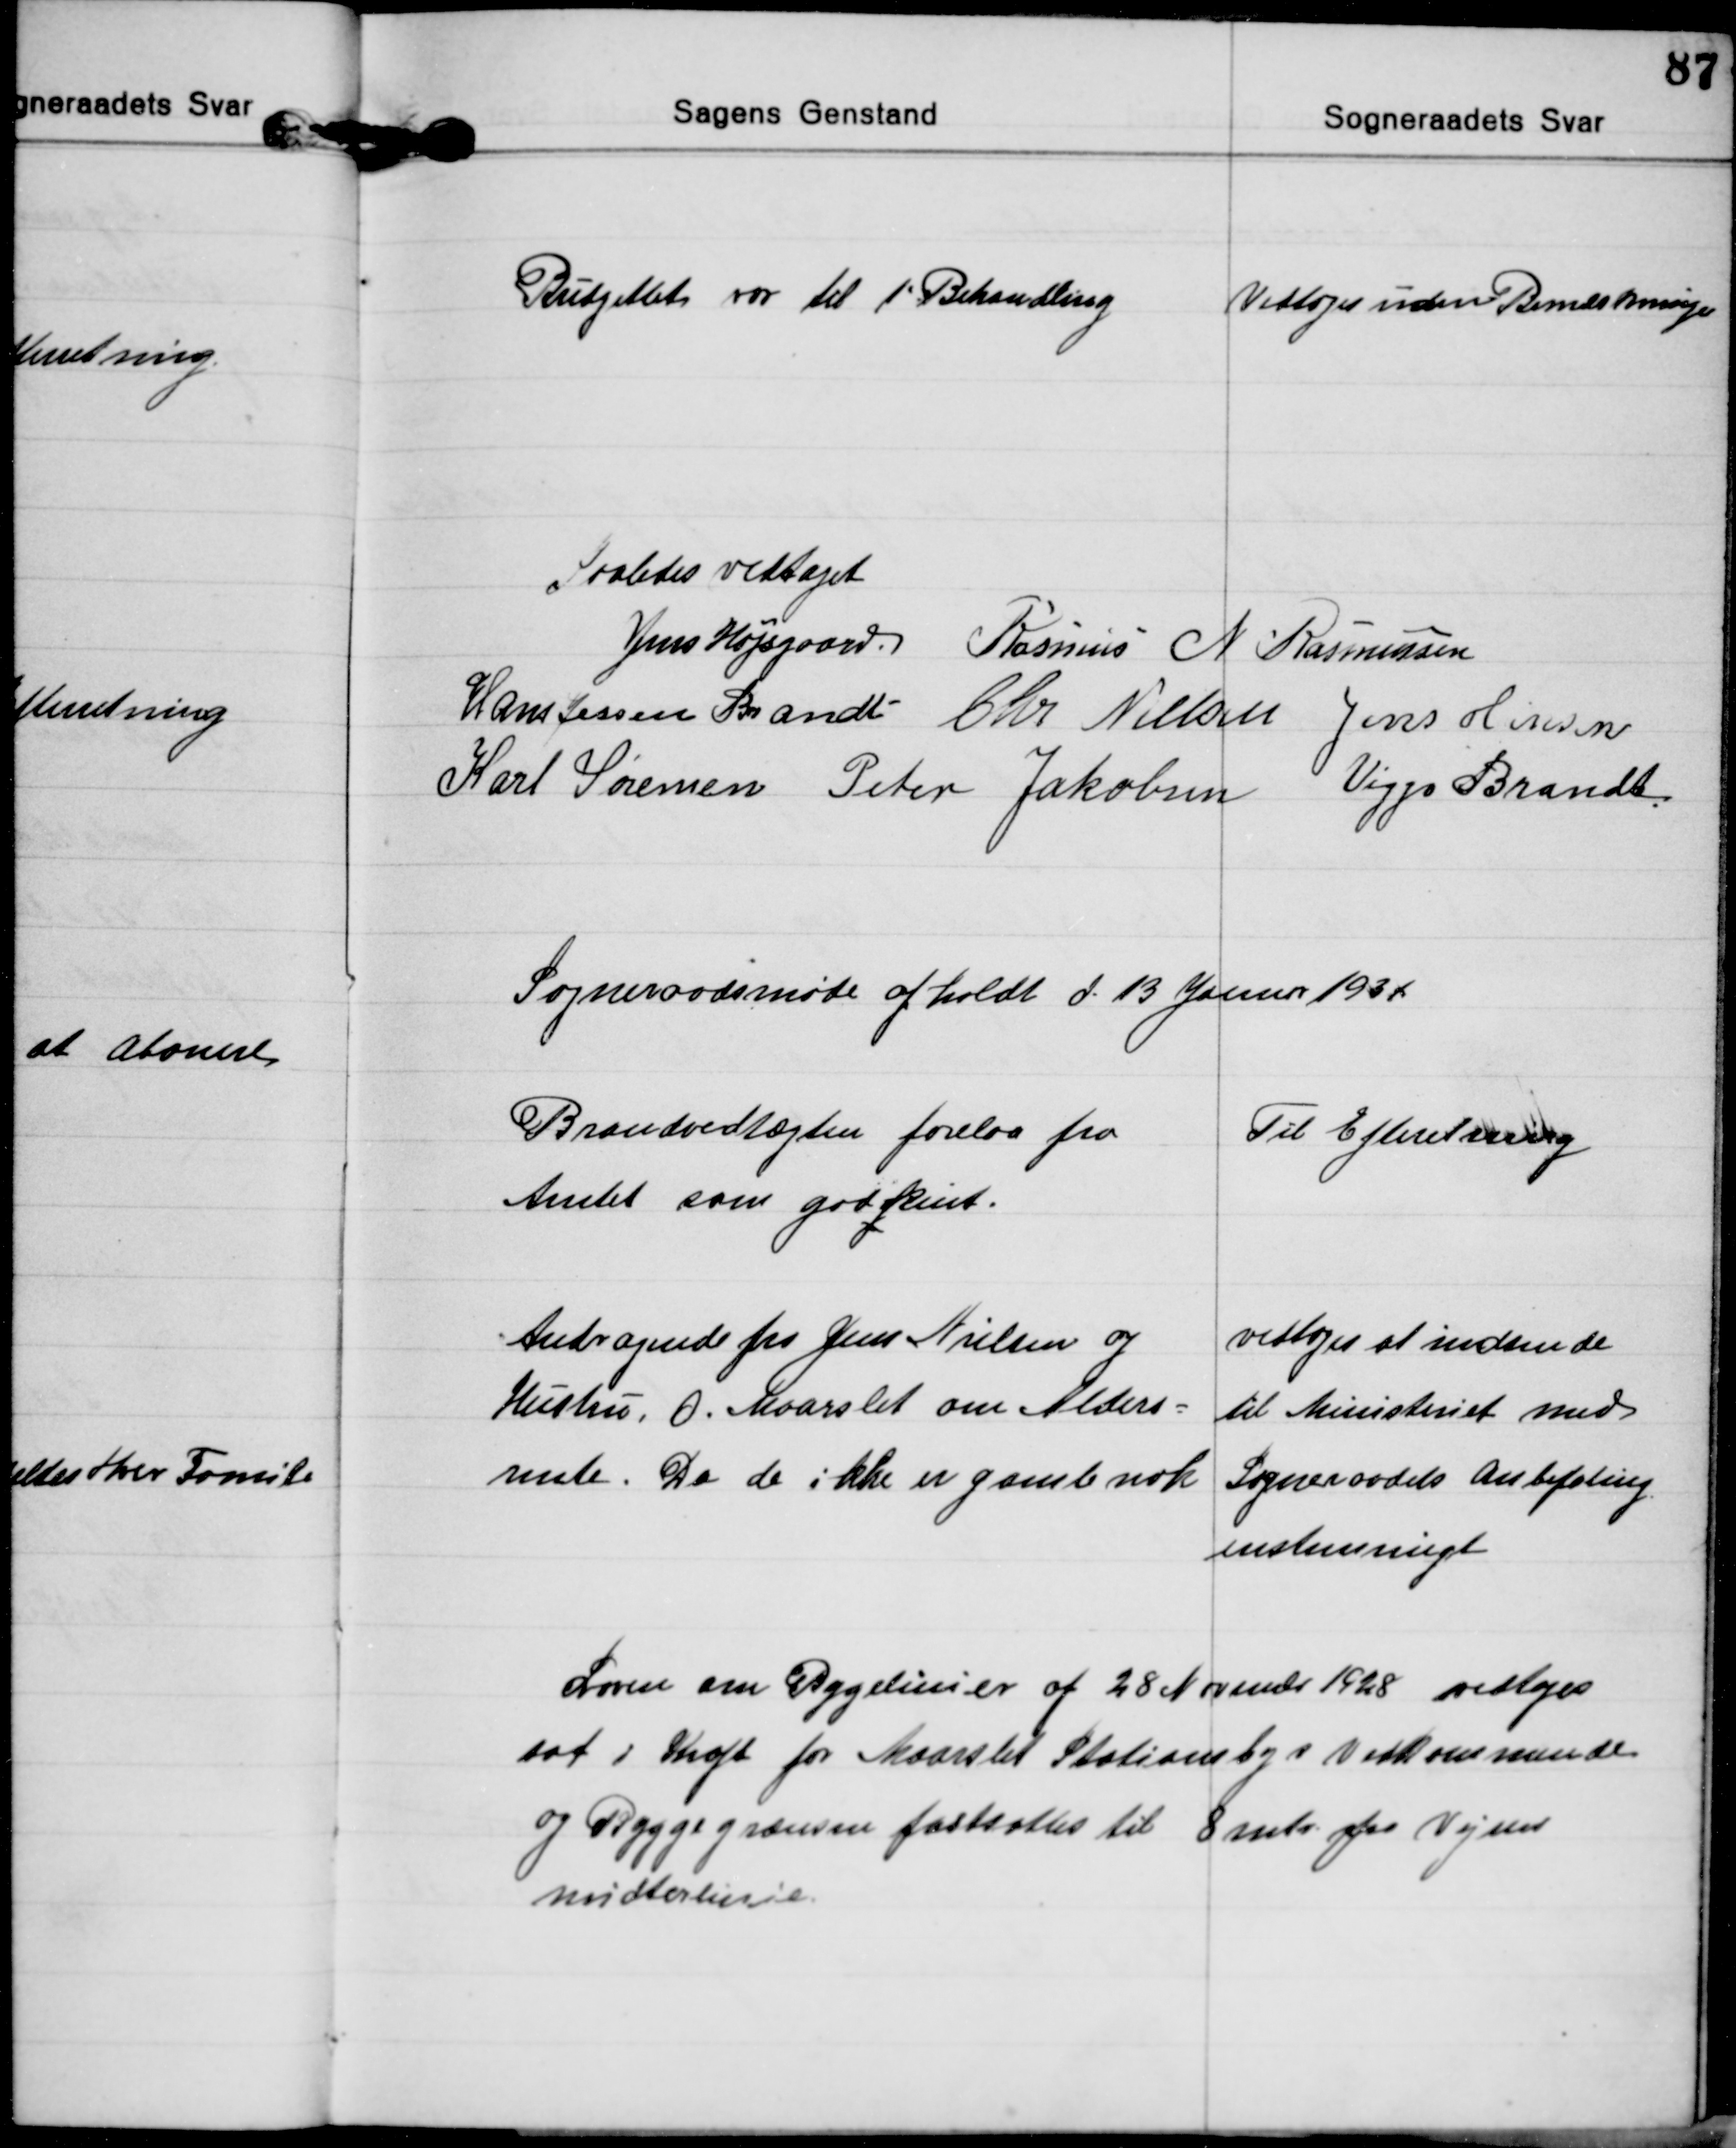
Transskription:
Budgettet var til 1' Behandling
Vedtoges uden Bemærkninger

Saaledes vedtaget
Jens Højsgaard Rasmus N. Rasmussen
Hans Jessen Brandt Chr. Nielsen Jens Hansen
Karl Sørensen Peter Jakobsen Viggo Brandt

Sogneraadsmøde afholdt d. 13 Januar 1934

Brandvedtægten forelaa fra
Amtet som godjkent.
Til Efteretning

Andragende fra Jens Nielsen og
Hustru, O. Maarslet om Alders=
rente. Da de ikke er gamle nok
vedtoges at indsende
til Ministeriet med
Sogneraadets Anbefaling
enstemmigt

Loven om Bygelinier af 28 November 1928 vedtoges
sat i Kraft for Maarslet Stationsbys Vedkommende
og Byggegrænsen fastsattes til 8 mtr. fra Vejens
midterlinie